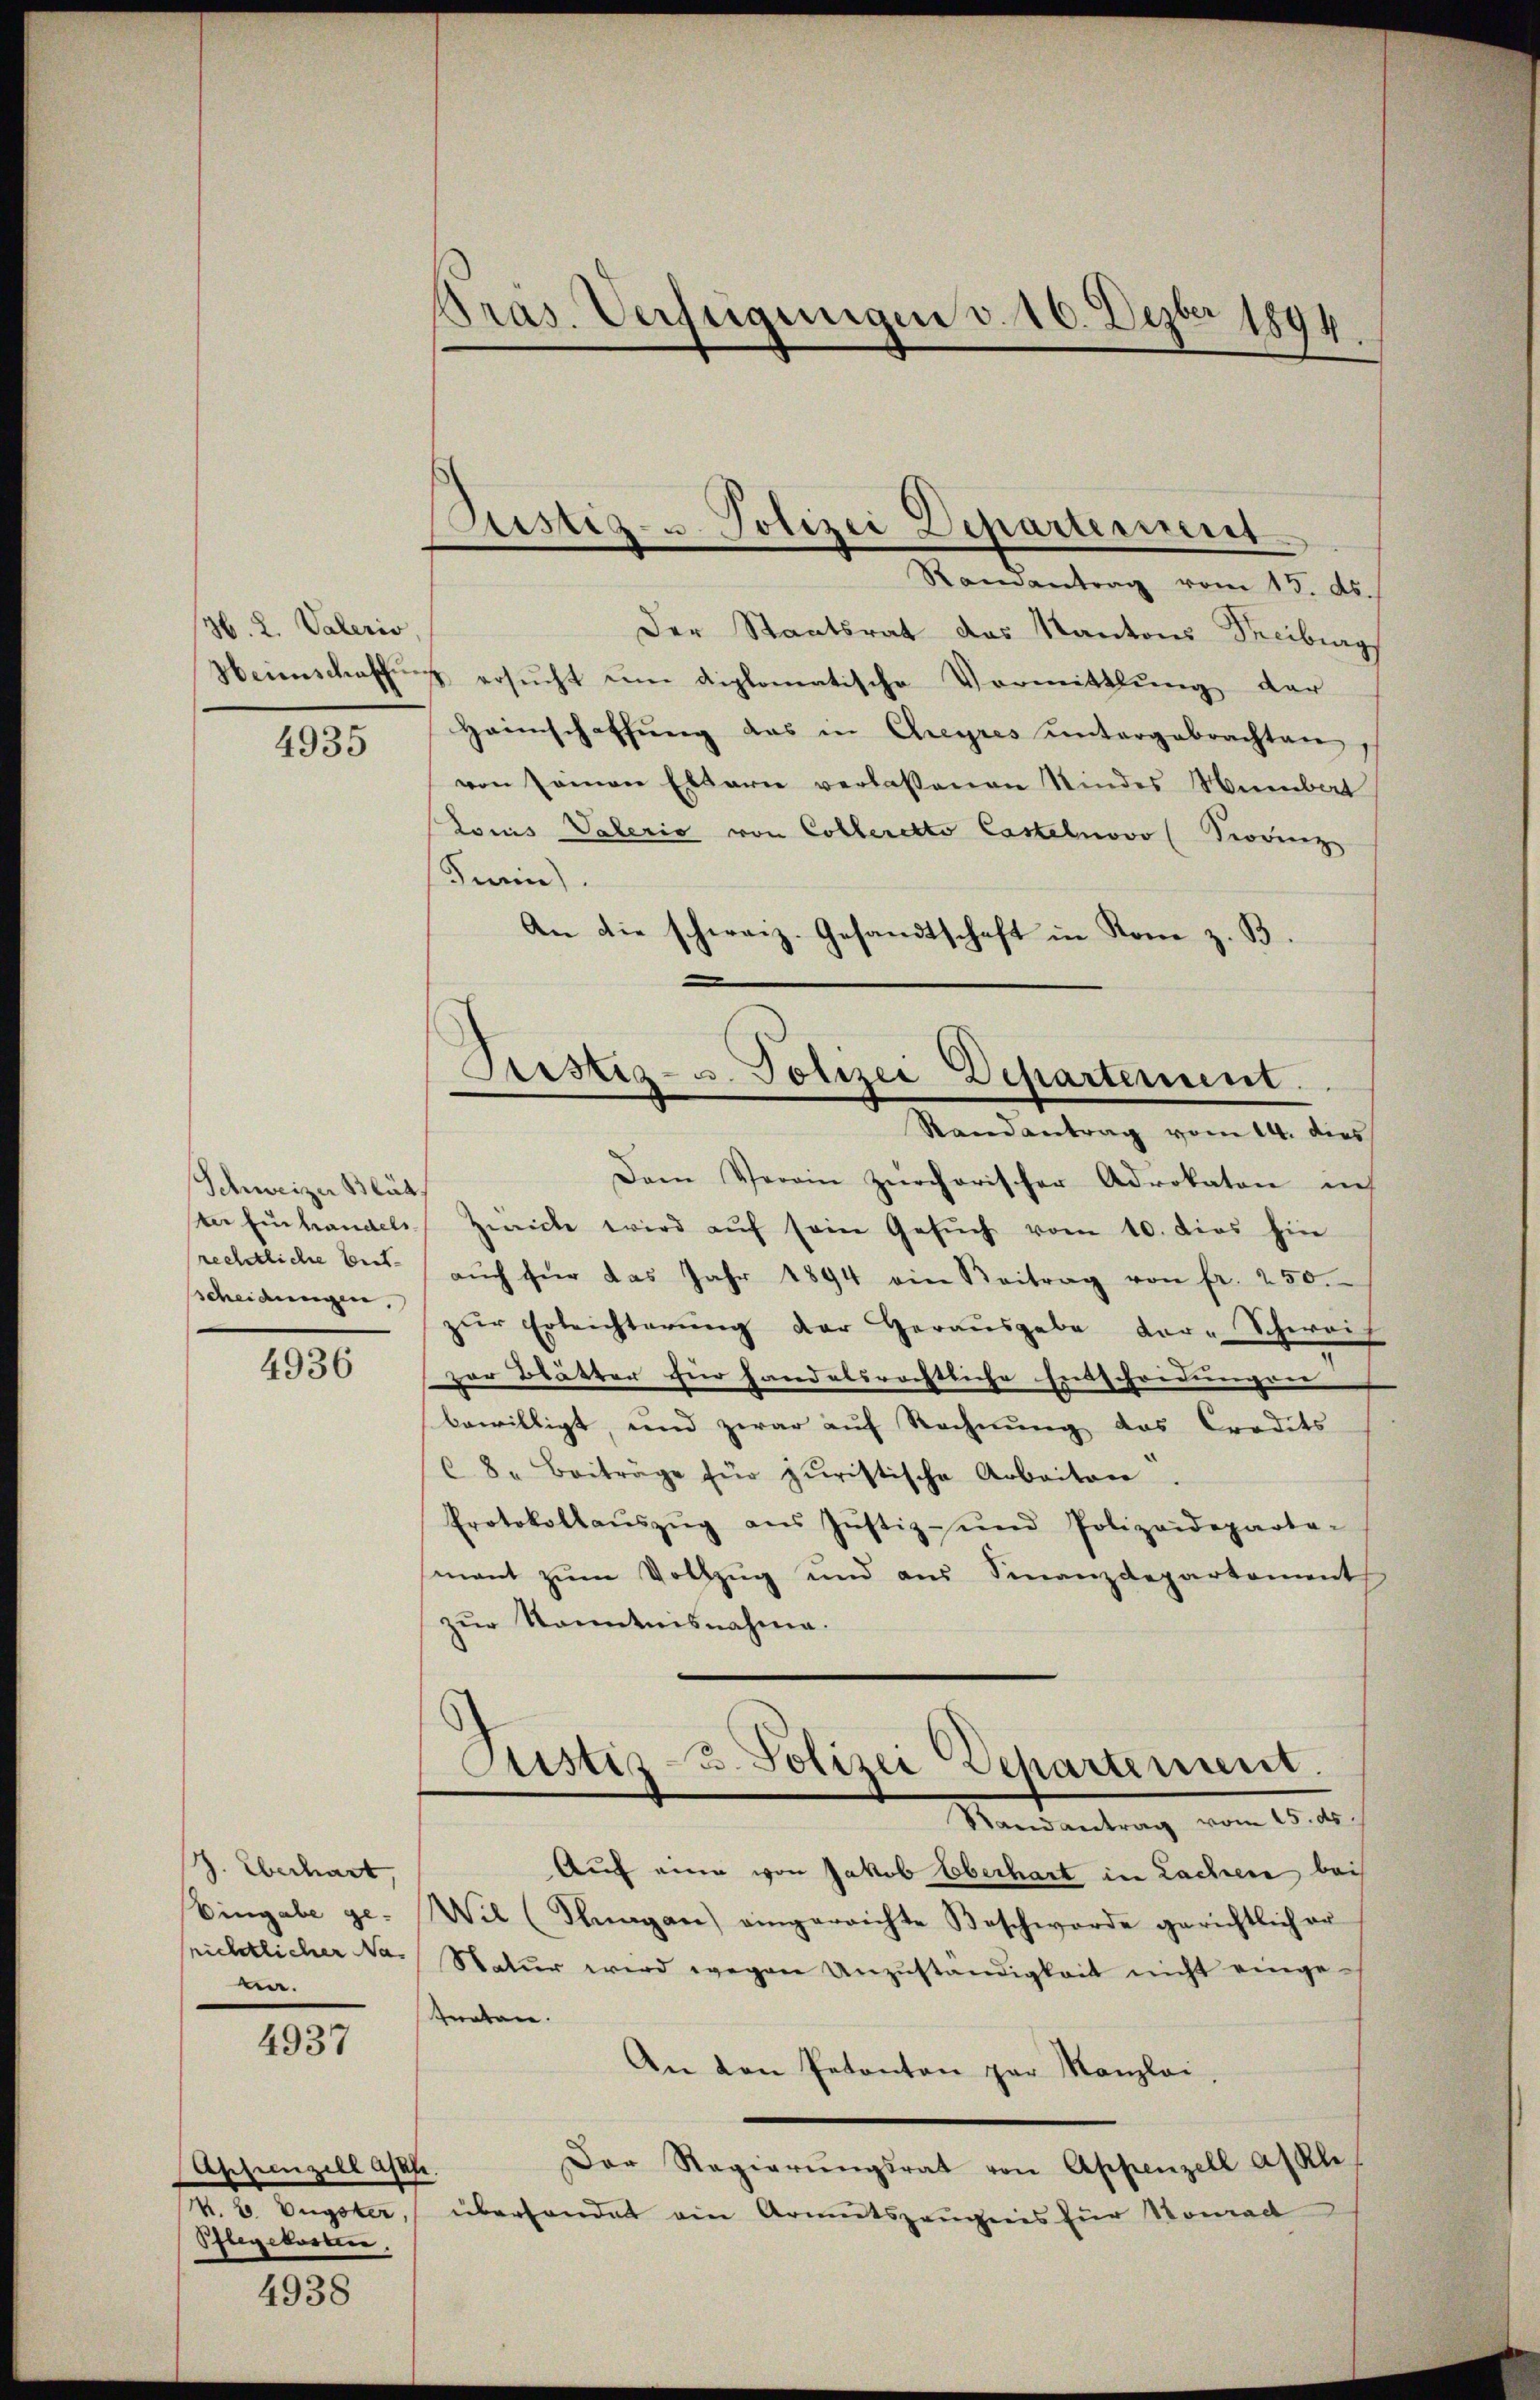
H. L. Valeris
Heimschaffun

4935

Schweizer Blät
ter Einhandels
rechtliche Entsscheidungen,

4936

Z. Eberhart
Eingabe ge-
srichtlicher Nana.

4937

Aszenzell Asafe.
Pflegekosten.

4938

Präs. Verfügungen v. 16. Dezbr 1894

ustiz- u Polizei Departement
Ramantrag vom 15. ds.

.
Arstiz- u. Polizei Departement.
Randantrag vom 14. dies

Der Staatsrat das Kantons Freiburg
4 ersŭcht ŭm diplomatische Vormittlung der
Heimschaffung das in Creyres untergebrachten
von seinen Eltern verlassenen Kindes Membat
Louis Vaterio von Colleretto Castelnovo (Priorenz
Turin).
An die schweiz. Gesandtschaft in Rom z. B.
Dem Verein Zürcherischer Advokaten in
Zwicke wird aŭf sein Gesŭch vom 10. dies hin
aŭch für das Jahr 1894 ein Beitrag von fr. 250.
zŭr Erleichterŭng der Heraŭsgabe dar-Schweiz
zar Blätter für handelsrechtliche Entscheidungen
bewilligt, und zwar auf Rechnung das Credits
8. Beiträge für juristische Arbeiter
Protokollaŭszŭg aŭs Jŭstiz- und Polizeideparta-
mant zŭm Vollzug und aus Finanzdepartement
zur Kenntnisnahme.
Justiz- u. Polizei Departement.
Mandantung von 10.
Auf eine von Jakob Oberhart in Lachen bei
Wil (Klagan) eingereichte Beschwerde gerichtlich er
Natur wird wegen Unzuständigkeit nicht eingetnaten.
An den Petenten par Kanzlei,
Der Regierŭngsrat von Appenzell alle
4. b. Dagober, überhandet ein Armutszeugnis für Nomad